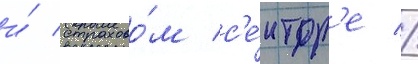
и́ страхово́м с'е́ктор'е //